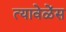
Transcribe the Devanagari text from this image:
त्यावेळेंस